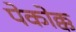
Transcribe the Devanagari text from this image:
पेकोक्क